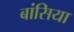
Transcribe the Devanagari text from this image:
बांसिया